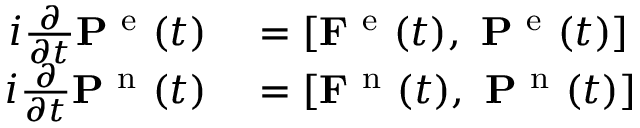
\begin{array} { r l } { i \frac { \partial } { \partial t } \mathbf { P } ^ { \mathrm { ~ e ~ } } ( t ) } & { { } = \left[ \mathbf { F } ^ { \mathrm { ~ e ~ } } ( t ) , \ \mathbf { P } ^ { \mathrm { ~ e ~ } } ( t ) \right] } \\ { i \frac { \partial } { \partial t } \mathbf { P } ^ { \mathrm { ~ n ~ } } ( t ) } & { { } = \left[ \mathbf { F } ^ { \mathrm { ~ n ~ } } ( t ) , \ \mathbf { P } ^ { \mathrm { ~ n ~ } } ( t ) \right] } \end{array}